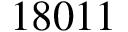
1 8 0 1 1